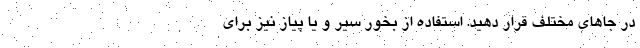
در جاهای مختلف قرار دهید. استفاده از بخور سیر و یا پیاز نیز برای